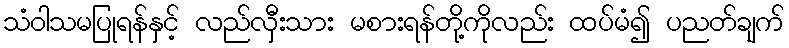
သံဝါသမပြုရန်နှင့် လည်လှီးသား မစားရန်တို့ကိုလည်း ထပ်မံ၍ ပညတ်ချက်